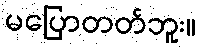
မပြောတတ်ဘူး။